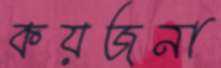
কয়জনা